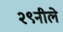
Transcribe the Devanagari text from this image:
२९नीले